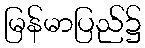
မြန်မာပြည်၌